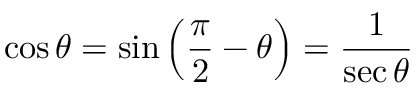
\cos \theta = \sin \left( { \frac { \pi } { 2 } } - \theta \right) = { \frac { 1 } { \sec \theta } }